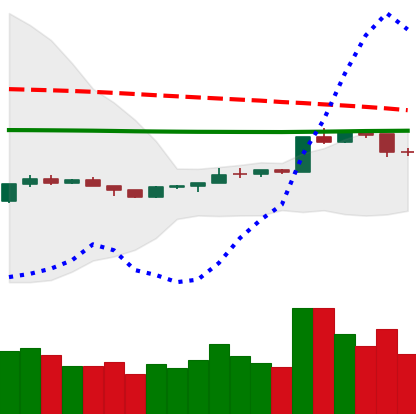
Ticker: ETH-USD
Chart end date: 2020-04-11
Forward return: 8.812%
Label: up_7plus